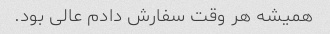
همیشه هر وقت سفارش دادم عالی بود.